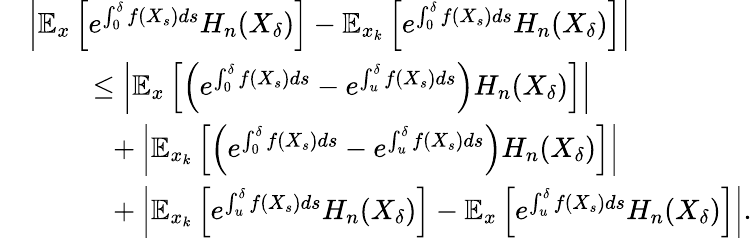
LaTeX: \begin{array}{rl}&{\left|\mathbb{E}_{x}\left[e^{\int_{0}^{\delta}f(X_{s})ds}H_{n}(X_{\delta})\right]-\mathbb{E}_{x_{k}}\left[e^{\int_{0}^{\delta}f(X_{s})ds}H_{n}(X_{\delta})\right]\right|}\\ &{\phantom{\quad\quad}\leq\left|\mathbb{E}_{x}\left[\left(e^{\int_{0}^{\delta}f(X_{s})ds}-e^{\int_{u}^{\delta}f(X_{s})ds}\right)H_{n}(X_{\delta})\right]\right|}\\ &{\phantom{\quad\quad=}+\left|\mathbb{E}_{x_{k}}\left[\left(e^{\int_{0}^{\delta}f(X_{s})ds}-e^{\int_{u}^{\delta}f(X_{s})ds}\right)H_{n}(X_{\delta})\right]\right|}\\ &{\phantom{\quad\quad=}+\left|\mathbb{E}_{x_{k}}\left[e^{\int_{u}^{\delta}f(X_{s})ds}H_{n}(X_{\delta})\right]-\mathbb{E}_{x}\left[e^{\int_{u}^{\delta}f(X_{s})ds}H_{n}(X_{\delta})\right]\right|.}\end{array}